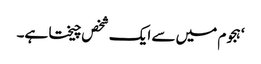
‘ ہجوم میں سے ایک شخص چیختا ہے۔